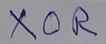
Text: XOR